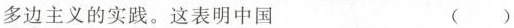
多边主义的实践。这表明中国 ()